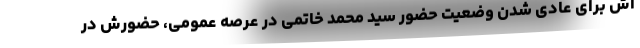
اش برای عادی شدن وضعیت حضور سید محمد خاتمی در عرصه عمومی، حضورش در